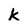
Character: k